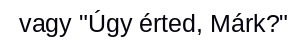
vagy "Úgy érted, Márk?"